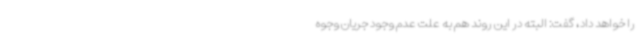
را خواهد داد، گفت: البته در این روند هم به علت عدم وجود جریان وجوه